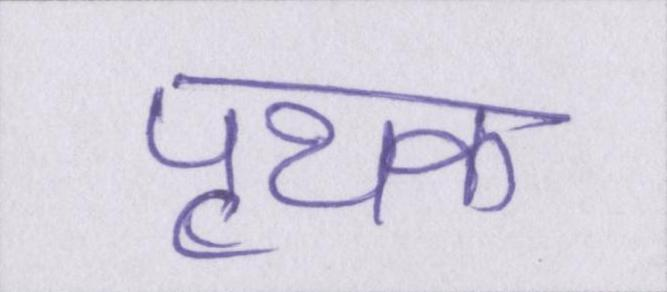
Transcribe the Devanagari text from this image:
पृथक